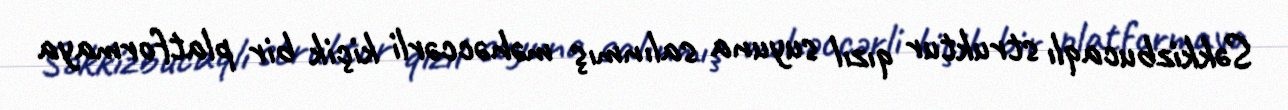
Səkkizbucaqlı struktur qızıl suyuna salınmış məhəccərli kiçik bir platformaya